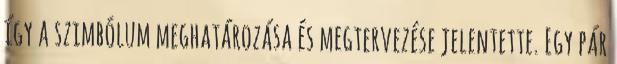
így a szimbólum meghatározása és megtervezése jelentette. Egy pár